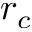
r _ { c }